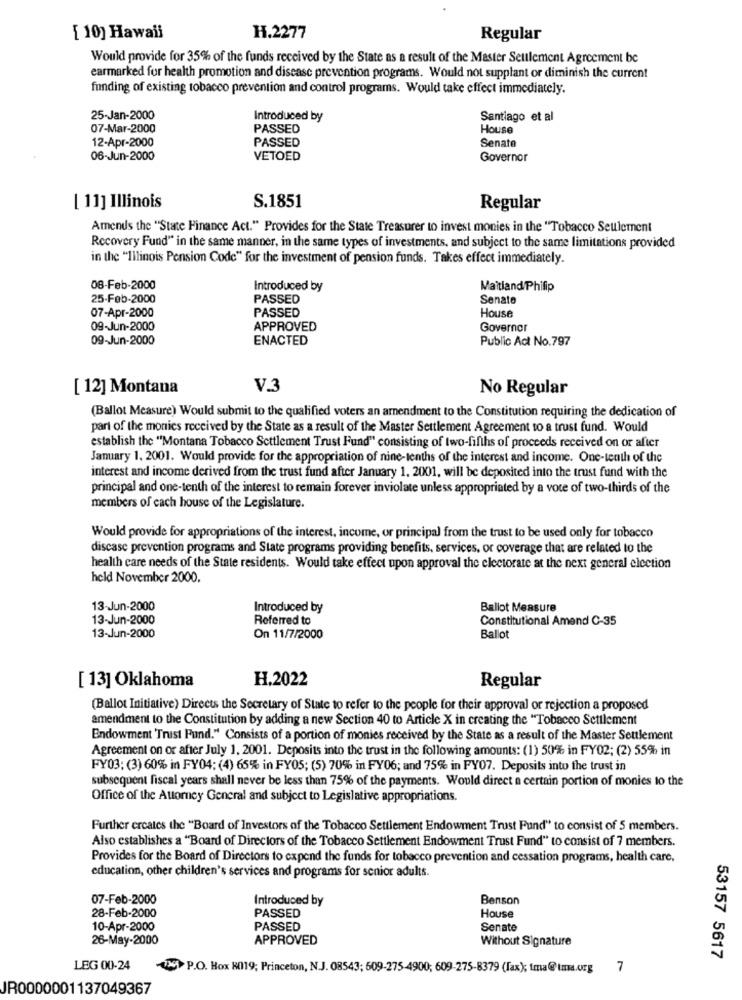
[ 10] Hawaii
H.2277
Regular
Would provide for 35% of the funds received by the State as a result of the Master Seulement Agreement be
earmarked for health promotion and disease prevention programs. Would not supplant or diminish the current
funding of existing tobacco prevention and control programs. Would take effect immediately.
25-Jan-2000
Introduced by
Santiago et al
07-Mar-2000
PASSED
House
12-Apr-2000
PASSED
Senate
06-Jun-2000
VETOED
Governor
[ 11] Illinois
S.1851
Regular
Amends the "State Finance Act." Provides for the State Treasurer to invest monies in the "Tobacco Seulement
Recovery Fund" in the same manner, in the same types of investments, and subject to the same limitations provided
in the "Illinois Pension Code" for the investment of pension funds. Takes effect immediately.
08-Feb-2000
Introduced by
Maitland Philip
25-Feb-2000
PASSED
Senate
07-Apr-2000
PASSED
House
09-Jun-2000
APPROVED
Governor
09-Jun-2000
ENACTED
Public Act No.797
[ 12] Montana
V.3
No Regular
(Ballot Measure) Would submit to the qualified voters an amendment to the Constitution requiring the dedication of
part of the monies received by the State as a result of the Master Settlement Agreement to a trust fund. Would
establish the "Montana Tobacco Settlement Trust Fund" consisting of two-fifths of proceeds received on or after
January 1, 2001. Would provide for the appropriation of nine-tenths of the interest and income. One-tenth of the
interest and income derived from the trust fund after January 1, 2001, will be deposited into the trust fund with the
principal and one-tenth of the interest to remain forever inviolate unless appropriated by a vote of two-thirds of the
members of each house of the Legislature.
Would provide for appropriations of the interest, income, or principal from the trust to be used only for tobacco
discase prevention programs and State programs providing benefits, services, or coverage that are related to the
health care needs of the State residents. Would take effect upon approval the electorate at the next general election
held November 2000.
13-Jun-2000
Introduced by
Ballot Measure
13-Jun-2000
Referred to
Constitutional Amend C-35
13-Jun-2000
On 11/7/2000
Ballot
[ 13] Oklahoma
H.2022
Regular
(Ballot Initiative) Directs the Secretary of State to refer to the people for their approval or rejection a proposed
amendment to the Constitution by adding a new Section 40 to Article X in creating the "Tobacco Settlement
Endowment Trust Fund." Consists of a portion of monies received by the State as a result of the Master Settlement
Agreement on or after July 1. 2001. Deposits into the trust in the following amounts: (1) 50% in FY02; (2) 55% in
FY03: (3) 60% in FY04: (4) 65% in FY05; (5) 70% in FY06; and 75% in FY07. Deposits into the trust in
subsequent fiscal years shall never be less than 75% of the payments. Would direct a certain portion of monies to the
Office of the Attorney General and subject to Legislative appropriations.
Further ercalcs the "Board of Investors of the Tobacco Settlement Endowment Trust Fund" to consist of 5 members.
Also establishes a "Board of Directors of the Tobacco Settlement Endowment Trust Fund" to consist of 7 members.
Provides for the Board of Directors to expend the funds for tobacco prevention and cessation programs, health care,
education, other children's services and programs for senior adults.
07-Feb-2000
Introduced by
Benson
PASSED
28-Feb-2000
House
10-Apr-2000
PASSED
Senate
26-May-2000
APPROVED
Without Signature
53157 5617
LEG 00-24
-1991 P.O. Box 8019; Princeton, N.J. 08543; 509-275-4900; 609-275-8379 (fax), tma@tma.org
7
JR0000001137049367